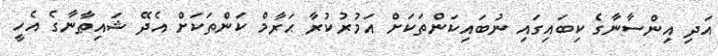
އަދި އިންސާނާގެ ކިބައިގައި ނުބައިކަންތަކަށް އަމުރުކުރާ ޙަރާމް ކަންތަކަށް އެދޭ ޝައިޠާނާގެ އެހީ